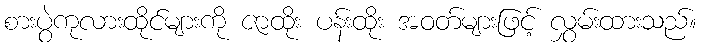
စားပွဲကုလားထိုင်များကို ဇာထိုး ပန်းထိုး အဝတ်များဖြင့် လွှမ်းထားသည်။